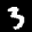
Label: 3